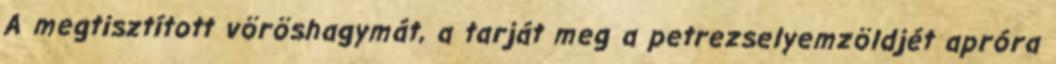
A megtisztított vöröshagymát, a tarját meg a petrezselyemzöldjét apróra